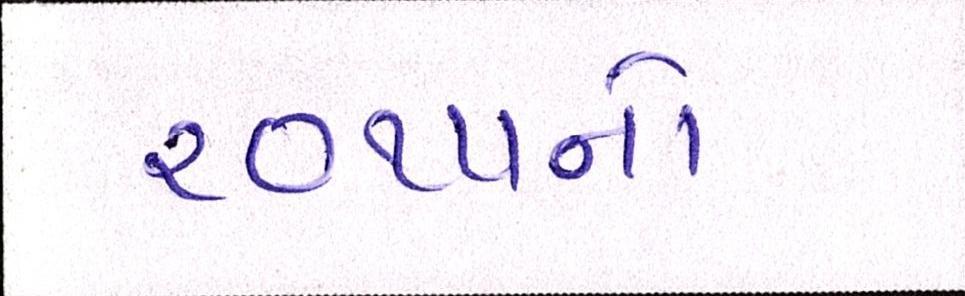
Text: ૨૦૧૫નો